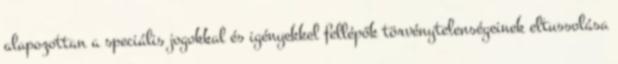
alapozottan a speciális jogokkal és igényekkel fellépők törvénytelenségeinek eltussolása